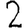
Digit: 2